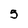
Character: 5